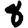
Digit: 8